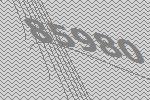
85980